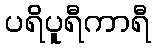
ပရိပူရီကာရီ